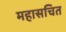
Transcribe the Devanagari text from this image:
महासचित